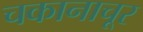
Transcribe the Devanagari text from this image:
चकानाचूर